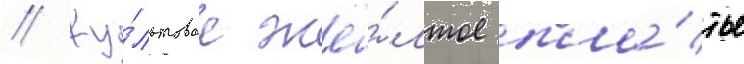
// Ку́льтовое жё́лтое пла́тье